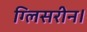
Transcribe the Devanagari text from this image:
ग्लिसरीन।